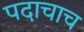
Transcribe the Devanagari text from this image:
पदाचाच